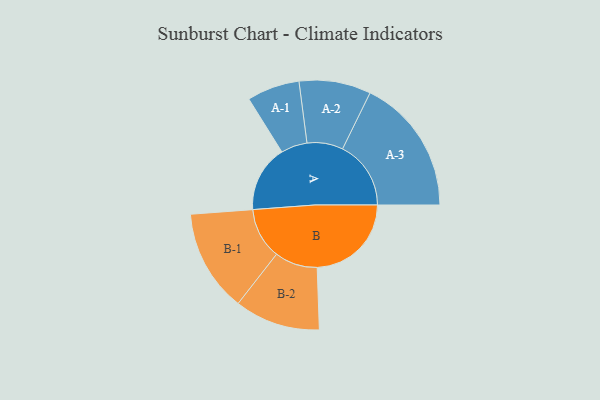
{"axis": {"x": "Segment", "y": "Value"}, "legend": ["", "A", "B"], "data": [{"x": "A", "y": 271, "type": ""}, {"x": "B", "y": 383, "type": ""}, {"x": "A-1", "y": 107, "type": "A"}, {"x": "A-2", "y": 146, "type": "A"}, {"x": "A-3", "y": 278, "type": "A"}, {"x": "B-1", "y": 208, "type": "B"}, {"x": "B-2", "y": 174, "type": "B"}]}